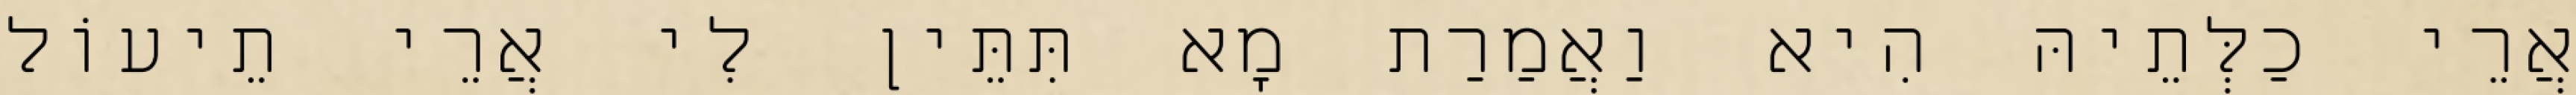
אֲרֵי כַלְּתֵיהּ הִיא וַאֲמַרַת מָא תִּתֵּין לִי אֲרֵי תֵיעוֹל